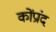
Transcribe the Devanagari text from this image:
कोंप्रांद